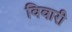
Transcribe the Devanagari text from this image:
विवारी